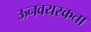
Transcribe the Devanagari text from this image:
ऊनवयस्कता